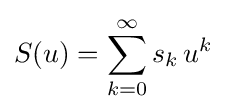
S(u)=\sum _{k=0}^{\infty }s_{k}\,u^{k}